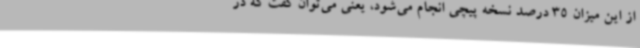
از این میزان 35 درصد نسخه پیچی انجام می‌شود، یعنی می‌توان گفت که در